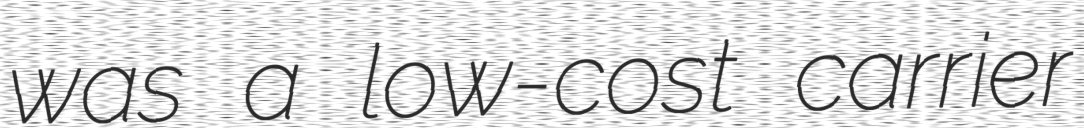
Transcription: was a low-cost carrier